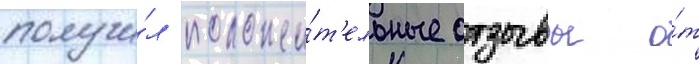
получи́л положи́т'ельные отзывы о́т